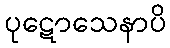
ပုဋောသေနာပိ